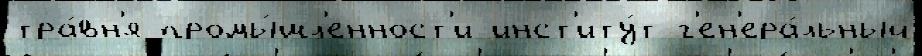
тра́вн'я промы́шл'енност'и инст'иту́т г'ен'ера́льный